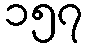
၁၅၇